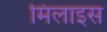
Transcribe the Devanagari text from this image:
मिलाइस